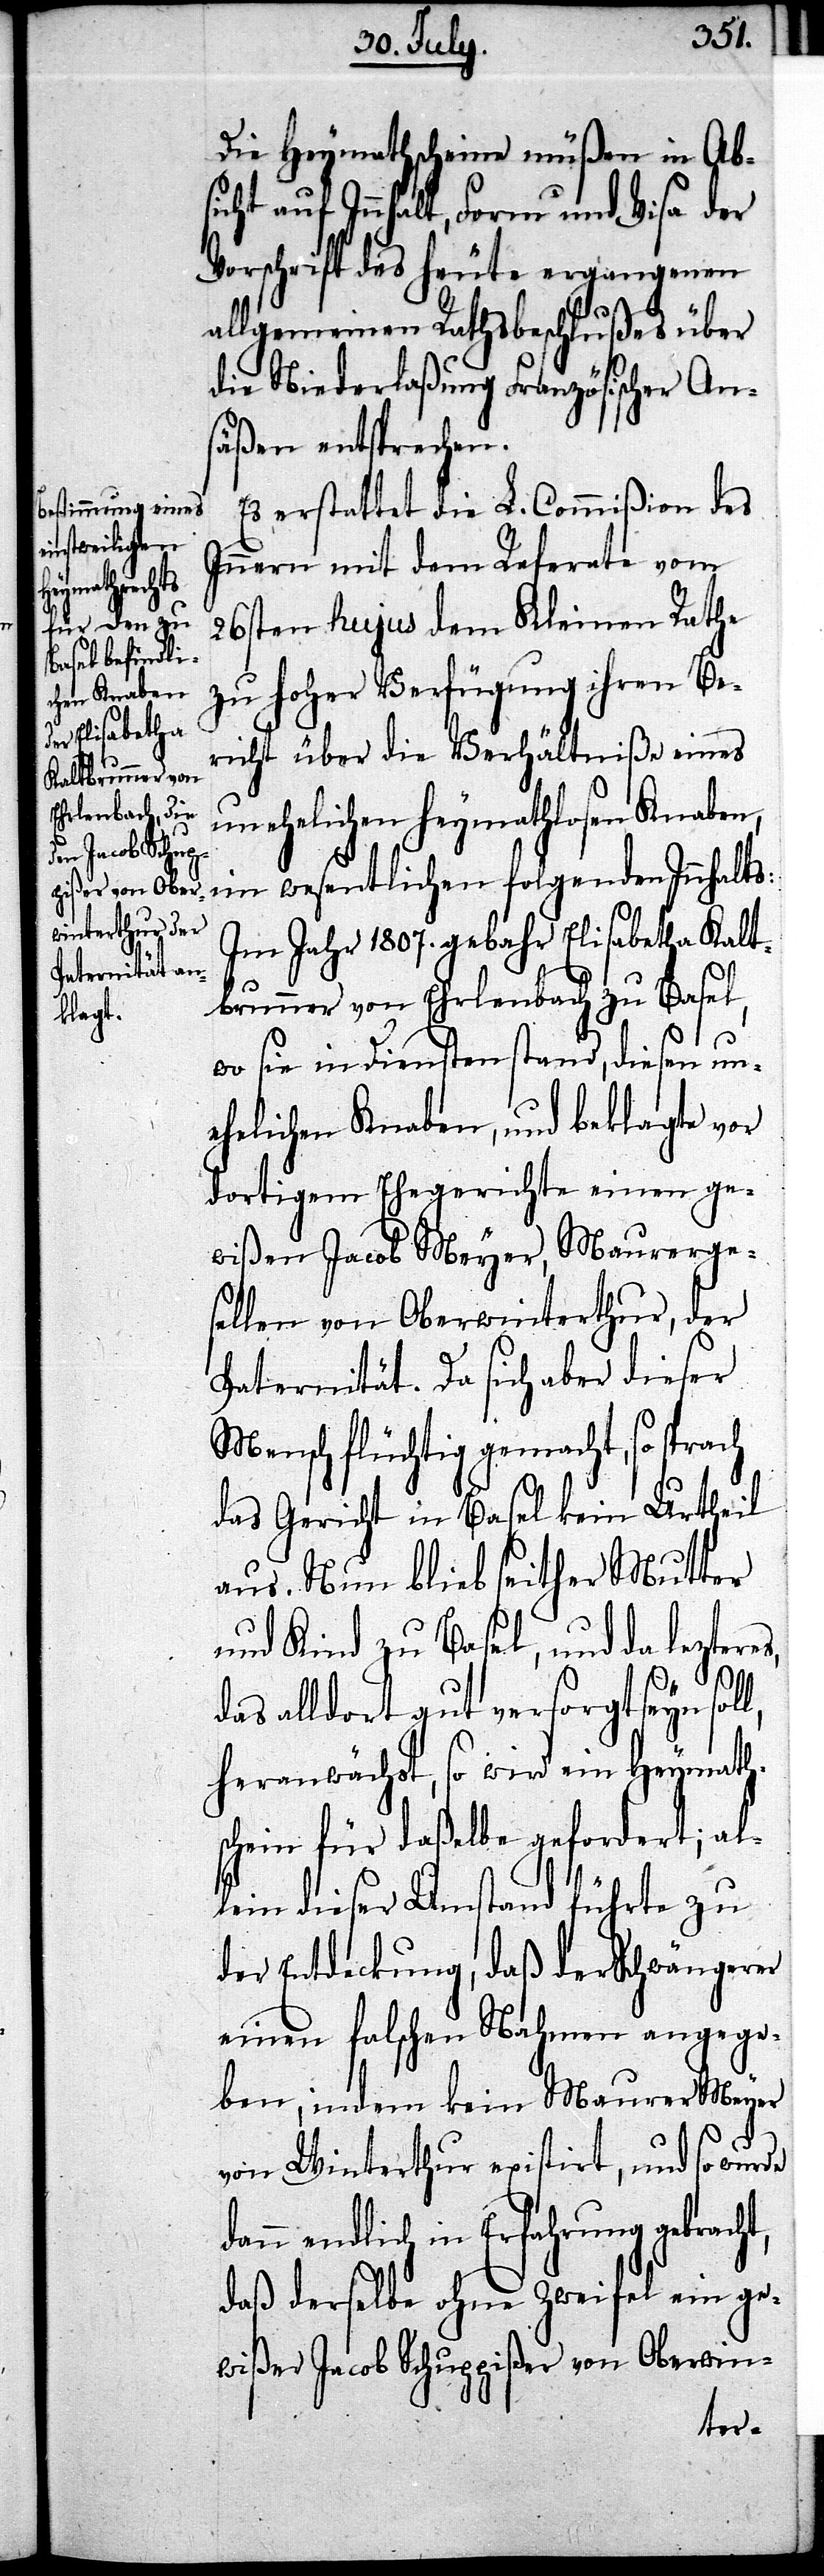
Die Heymathschein müße in Ab¬
sicht auf Innhalt, Form und Visa der
Vorschrift des heute ergangenen
allgemeinen Rathsbeschlußes über
die Niederlaßung Französischer An¬
säßen entsprechen.
Es erstattet die L. Commißion des
Innern mit dem Referate vom
26sten hujus dem Kleinen Rathe
zu hoher Verfügung ihren Be¬
richt über die Verhältniße eines
unehelichen Heymathlosen Knaben,
im wesentlichen folgenden Innhalts:
Im Jahr 1807. gebahr Elisabetha Kalt¬
brunner von Ehrlenbach zu Basel,
wo sie in Diensten stand, diesen un¬
ehelichen Knaben, und beklagte vor
dortigem Ehegerichte einen ge¬
wißen Jacob Meyer, Maurerge¬
sellen von Oberwinterthur, der
Paternität. Da sich aber dieser
Mensch flüchtig gemacht, so sprach
das Gericht in Basel kein Urtheil
aus. Nun blieb seither Mutter
und Kind zu Basel, und da lezteres,
das alldort gut versorgt seyn
heranwächst, so wird ein Heymaths¬
chein für daßelbe gefordert; al¬
lein dieser Umstand führte zu
der Entdeckung, daß der Schwängerer
einen falschen Nahmen angege¬
ben; indem kein Maurer Meyer
von Winterthur existirt, und so wurde
dann endlich in Erfahrung gebracht,
daß derselbe ohne Zweifel ein ge¬
wißer Jacob Schupißer von Oberwin-